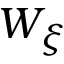
W _ { \xi }